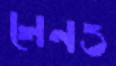
লেনও